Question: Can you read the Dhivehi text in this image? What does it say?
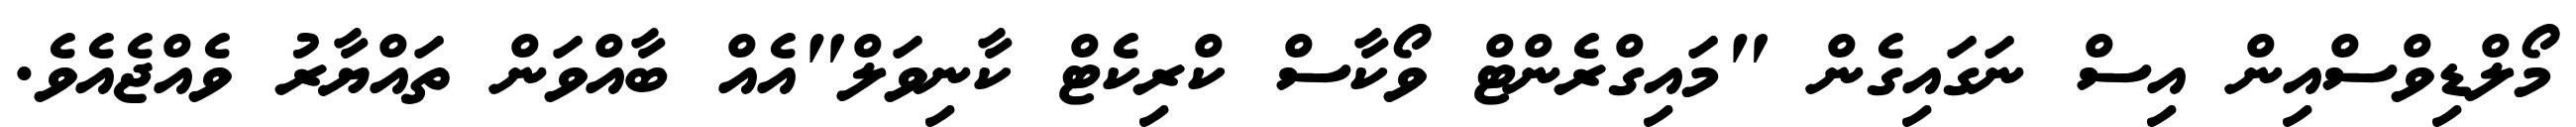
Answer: މޯލްޑިވްސްއިން އިސް ނަގައިގެން "މައިގްރެންޓް ވޯކާސް ކްރިކެޓް ކާނިވަލް"އެއް ބާއްވަން ތައްޔާރު ވެއްޖެއެވެ.